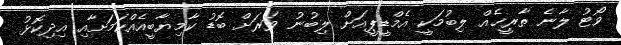
ވޯޓު ލާނެ ތާރީޚެއް ލިބުމަކީ އެމްޑީޕީއަށް ލިބުނު ވަރަށް ބޮޑު ކާމިޔާބީއެއްކަމަށާއި އިދިކޮޅު